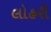
લોહરી